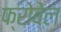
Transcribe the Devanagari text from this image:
फ्रोवेल